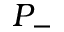
P _ { - }